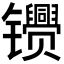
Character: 𬮂